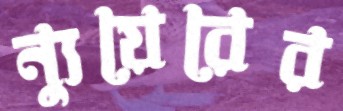
ন্যুয়েরের